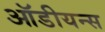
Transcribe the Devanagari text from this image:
ऑडीयन्स